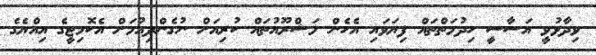
ވިދާޅުވީ އަސާސީ ހިދުމަތްތައް ފިޔަވައި އެހެން މަޝްރޫއުތައް ކުރިއަށް ނުގެންދިއުމަށް އެކޮމިޓީގެ އިއްޔެގެ